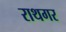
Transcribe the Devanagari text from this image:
राथगर